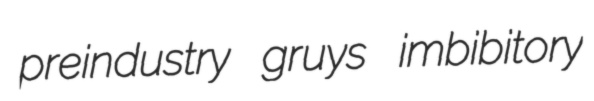
preindustry gruys imbibitory